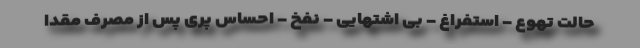
حالت تهوع - استفراغ - بی اشتهایی - نفخ - احساس پری پس از مصرف مقدا